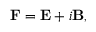
{ \bf F } = { \bf E } + i { \bf B } ,